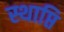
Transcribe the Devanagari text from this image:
स्थाप्ति